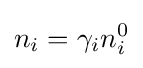
n_{i}=\gamma _{i}n_{i}^{0}